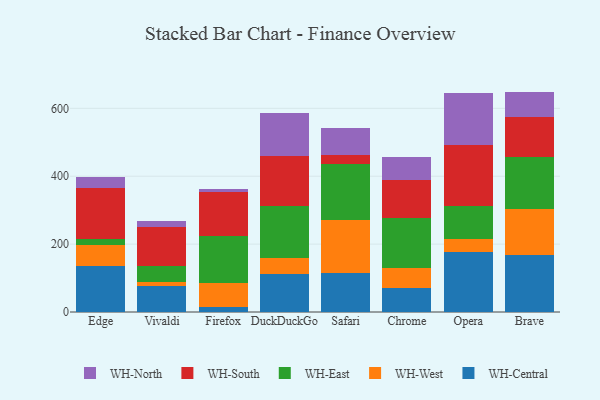
{"axis": {"x": "Browser", "y": "Market Share (%)"}, "legend": ["WH-Central", "WH-East", "WH-North", "WH-South", "WH-West"], "data": [{"x": "Edge", "y": 135.0, "type": "WH-Central"}, {"x": "Edge", "y": 62.7, "type": "WH-West"}, {"x": "Edge", "y": 17.3, "type": "WH-East"}, {"x": "Edge", "y": 149.4, "type": "WH-South"}, {"x": "Edge", "y": 33.3, "type": "WH-North"}, {"x": "Vivaldi", "y": 77.0, "type": "WH-Central"}, {"x": "Vivaldi", "y": 10.6, "type": "WH-West"}, {"x": "Vivaldi", "y": 49.3, "type": "WH-East"}, {"x": "Vivaldi", "y": 113.5, "type": "WH-South"}, {"x": "Vivaldi", "y": 18.4, "type": "WH-North"}, {"x": "Firefox", "y": 13.9, "type": "WH-Central"}, {"x": "Firefox", "y": 71.0, "type": "WH-West"}, {"x": "Firefox", "y": 139.5, "type": "WH-East"}, {"x": "Firefox", "y": 130.6, "type": "WH-South"}, {"x": "Firefox", "y": 8.5, "type": "WH-North"}, {"x": "DuckDuckGo", "y": 111.7, "type": "WH-Central"}, {"x": "DuckDuckGo", "y": 46.1, "type": "WH-West"}, {"x": "DuckDuckGo", "y": 155.9, "type": "WH-East"}, {"x": "DuckDuckGo", "y": 147.1, "type": "WH-South"}, {"x": "DuckDuckGo", "y": 125.1, "type": "WH-North"}, {"x": "Safari", "y": 115.9, "type": "WH-Central"}, {"x": "Safari", "y": 154.3, "type": "WH-West"}, {"x": "Safari", "y": 166.0, "type": "WH-East"}, {"x": "Safari", "y": 25.0, "type": "WH-South"}, {"x": "Safari", "y": 81.5, "type": "WH-North"}, {"x": "Chrome", "y": 71.9, "type": "WH-Central"}, {"x": "Chrome", "y": 57.3, "type": "WH-West"}, {"x": "Chrome", "y": 148.9, "type": "WH-East"}, {"x": "Chrome", "y": 111.6, "type": "WH-South"}, {"x": "Chrome", "y": 65.8, "type": "WH-North"}, {"x": "Opera", "y": 176.0, "type": "WH-Central"}, {"x": "Opera", "y": 40.2, "type": "WH-West"}, {"x": "Opera", "y": 97.0, "type": "WH-East"}, {"x": "Opera", "y": 177.6, "type": "WH-South"}, {"x": "Opera", "y": 153.2, "type": "WH-North"}, {"x": "Brave", "y": 167.1, "type": "WH-Central"}, {"x": "Brave", "y": 134.9, "type": "WH-West"}, {"x": "Brave", "y": 154.3, "type": "WH-East"}, {"x": "Brave", "y": 117.2, "type": "WH-South"}, {"x": "Brave", "y": 75.8, "type": "WH-North"}]}